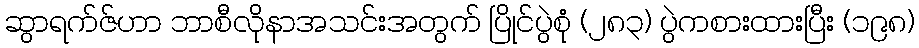
ဆွာရက်ဇ်ဟာ ဘာစီလိုနာအသင်းအတွက် ပြိုင်ပွဲစုံ (၂၈၃) ပွဲကစားထားပြီး (၁၉၈)